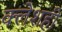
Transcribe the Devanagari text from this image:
क्लेशही